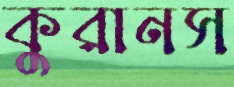
কুরানস